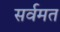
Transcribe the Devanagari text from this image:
सर्वमत